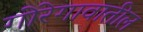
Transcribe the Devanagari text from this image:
गोरेगावातील